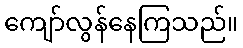
ကျော်လွန်နေကြသည်။